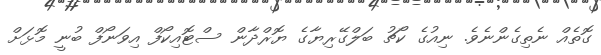
ގޮތެއް ނެތިގެންނެވެ. ނިއުގެ ކޯޗު ބަލްގޭރިޔާގެ ޔޮރްދާން ސްޓޮއިކޯފް އިވަނޯފް ބުނީ މޮޅަށް